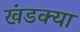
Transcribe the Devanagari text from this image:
खंडक्या